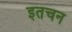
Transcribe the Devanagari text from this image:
इतचन